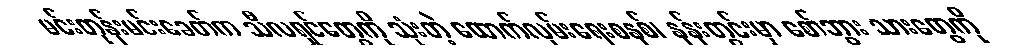
မင်းတုန်းမင်းခေတ်က သီလရှင်တွေကို သုံးတဲ့ ထောက်လှမ်းရေးစနစ်၊ နန်းတွင်းမှာ စော်ဘွား သားတွေကို